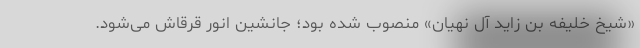
«شیخ خلیفه بن زاید آل نهیان» منصوب شده بود؛ جانشین انور قرقاش می‌شود.